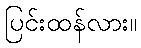
ပြင်းထန်လား။